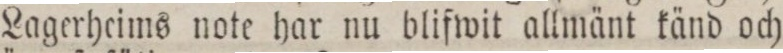
Lagerheims note har nu blifwit allmänt känd och